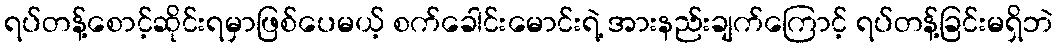
ရပ်တန့်စောင့်ဆိုင်းရမှာဖြစ်ပေမယ့် စက်ခေါင်းမောင်းရဲ့ အားနည်းချက်ကြောင့် ရပ်တန့်ခြင်းမရှိဘဲ